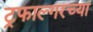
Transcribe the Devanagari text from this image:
ट्रफाल्गरच्या